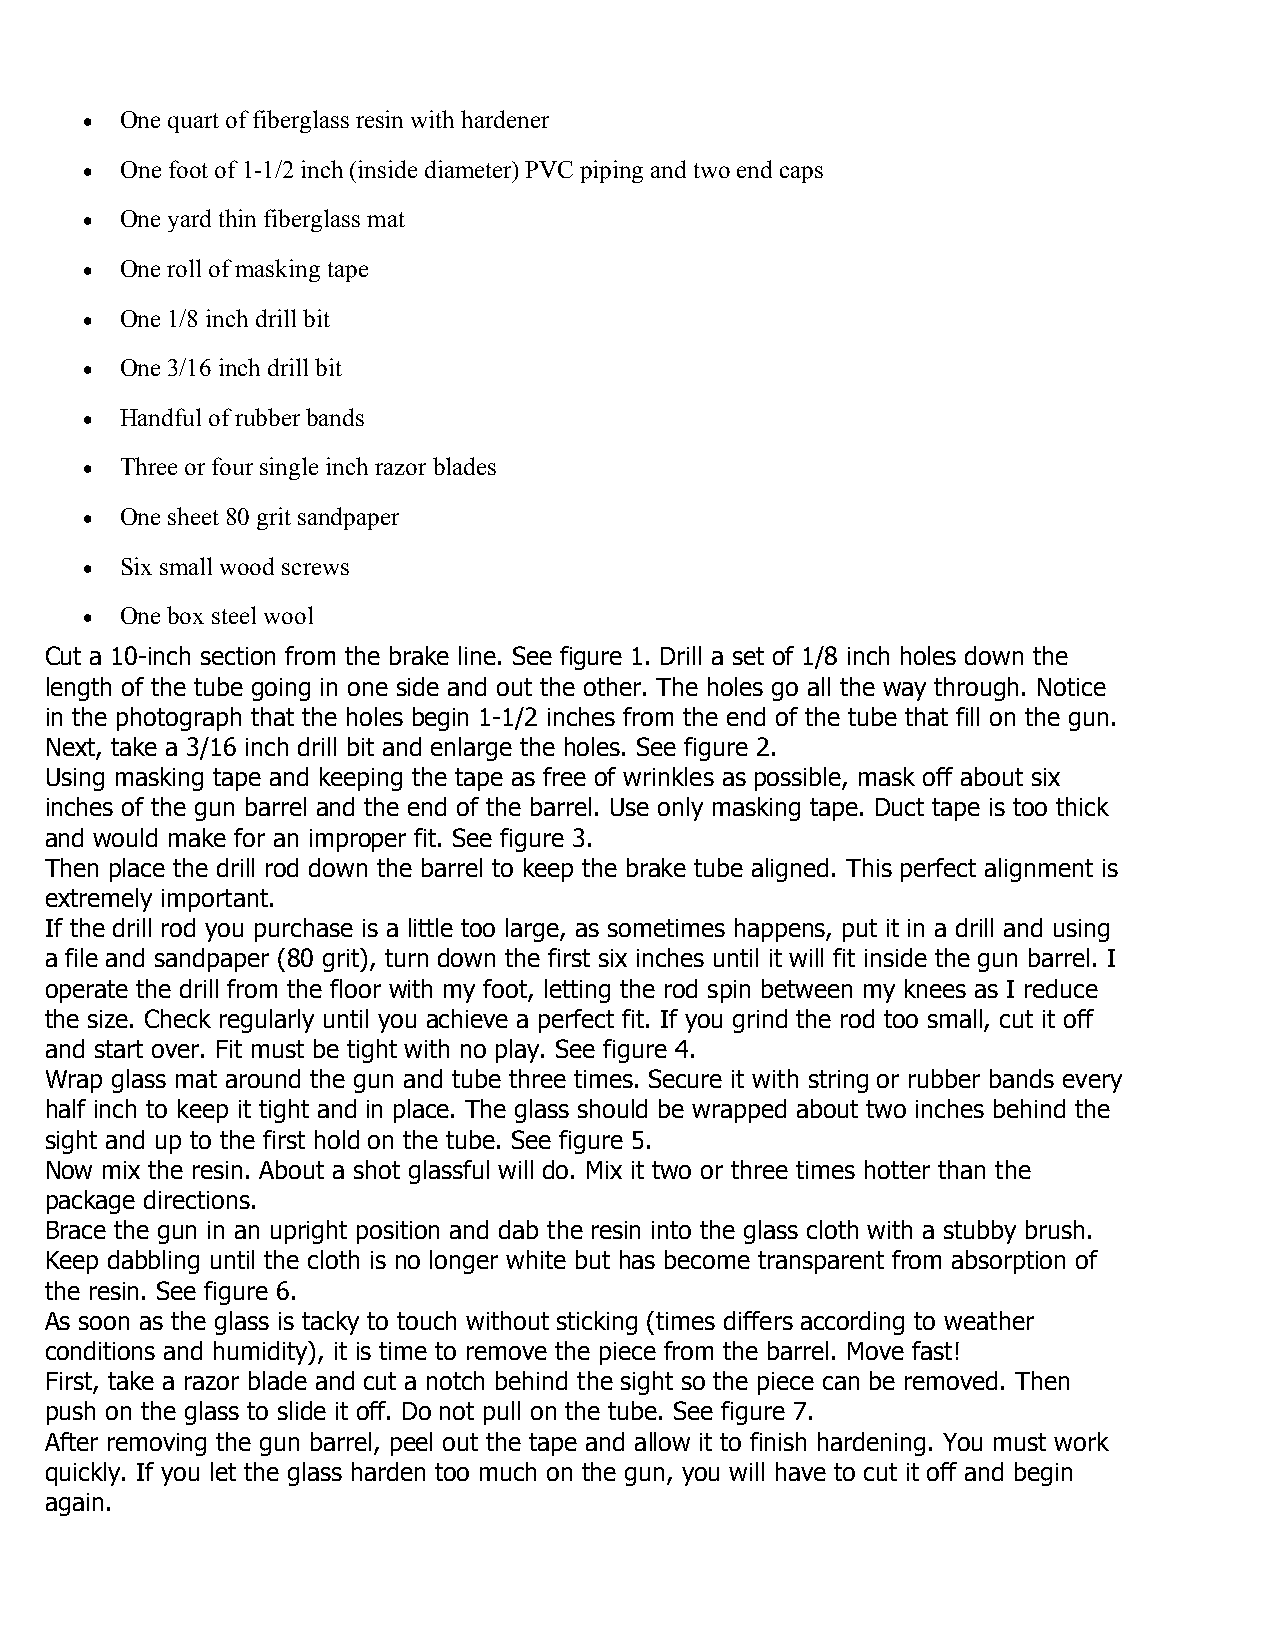
•  One quart of fiberglass resin with hardener
 •  One foot of 1-1/2 inch (inside diameter) PVC piping and two end caps
 •  One yard thin fiberglass mat
 •  One roll of masking tape
 •  One 1/8 inch drill bit
 •  One 3/16 inch drill bit
 •  Handful of rubber bands
 •  Three or four single inch razor blades
 •  One sheet 80 grit sandpaper
 •  Six small wood screws
 •  One box steel wool
 Cut a 10-inch section from the brake line. See figure 1. Drill a set of 1/8 inch holes down the
 length of the tube going in one side and out the other. The holes go all the way through. Notice
 in the photograph that the holes begin 1-1/2 inches from the end of the tube that fill on the gun.
 Next, take a 3/16 inch drill bit and enlarge the holes. See figure 2.
 Using masking tape and keeping the tape as free of wrinkles as possible, mask off about six
 inches of the gun barrel and the end of the barrel. Use only masking tape. Duct tape is too thick
 and would make for an improper fit. See figure 3.
 Then place the drill rod down the barrel to keep the brake tube aligned. This perfect alignment is
 extremely important.
 If the drill rod you purchase is a little too large, as sometimes happens, put it in a drill and using
 a file and sandpaper (80 grit), turn down the first six inches until it will fit inside the gun barrel. I
 operate the drill from the floor with my foot, letting the rod spin between my knees as I reduce
 the size. Check regularly until you achieve a perfect fit. If you grind the rod too small, cut it off
 and start over. Fit must be tight with no play. See figure 4.
 Wrap glass mat around the gun and tube three times. Secure it with string or rubber bands every
 half inch to keep it tight and in place. The glass should be wrapped about two inches behind the
 sight and up to the first hold on the tube. See figure 5.
 Now mix the resin. About a shot glassful will do. Mix it two or three times hotter than the
 package directions.
 Brace the gun in an upright position and dab the resin into the glass cloth with a stubby brush.
 Keep dabbling until the cloth is no longer white but has become transparent from absorption of
 the resin. See figure 6.
 As soon as the glass is tacky to touch without sticking (times differs according to weather
 conditions and humidity), it is time to remove the piece from the barrel. Move fast!
 First, take a razor blade and cut a notch behind the sight so the piece can be removed. Then
 push on the glass to slide it off. Do not pull on the tube. See figure 7.
 After removing the gun barrel, peel out the tape and allow it to finish hardening. You must work
 quickly. If you let the glass harden too much on the gun, you will have to cut it off and begin
 again.